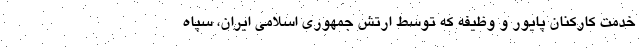
خدمت کارکنان پایور و وظیفه که توسط ارتش جمهوری اسلامی ایران، سپاه